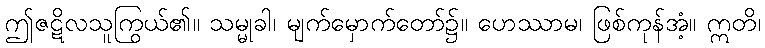
ဤဇဋိလသူကြွယ်၏။ သမ္မုခါ၊ မျက်မှောက်တော်၌။ ဟေဿာမ၊ ဖြစ်ကုန်အံ့။ ဣတိ၊